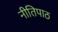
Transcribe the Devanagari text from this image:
नीतिपाठ